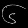
Digit: ၆